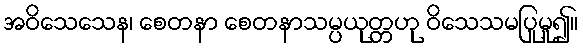
အဝိသေသေန၊ စေတနာ စေတနာသမ္ပယုတ္တဟု ဝိသေသမပြုမူ၍။